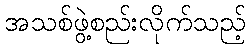
အသစ်ဖွဲ့စည်းလိုက်သည့်